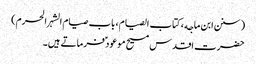
(سنن ابن ماجه، کتاب الصیام، باب صیام الشہر الحرم)
حضرت اقدس مسیح موعود ؑ فرماتے ہیں۔